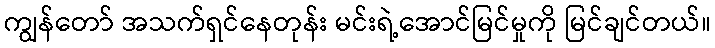
ကျွန်တော် အသက်ရှင်နေတုန်း မင်းရဲ့အောင်မြင်မှုကို မြင်ချင်တယ်။